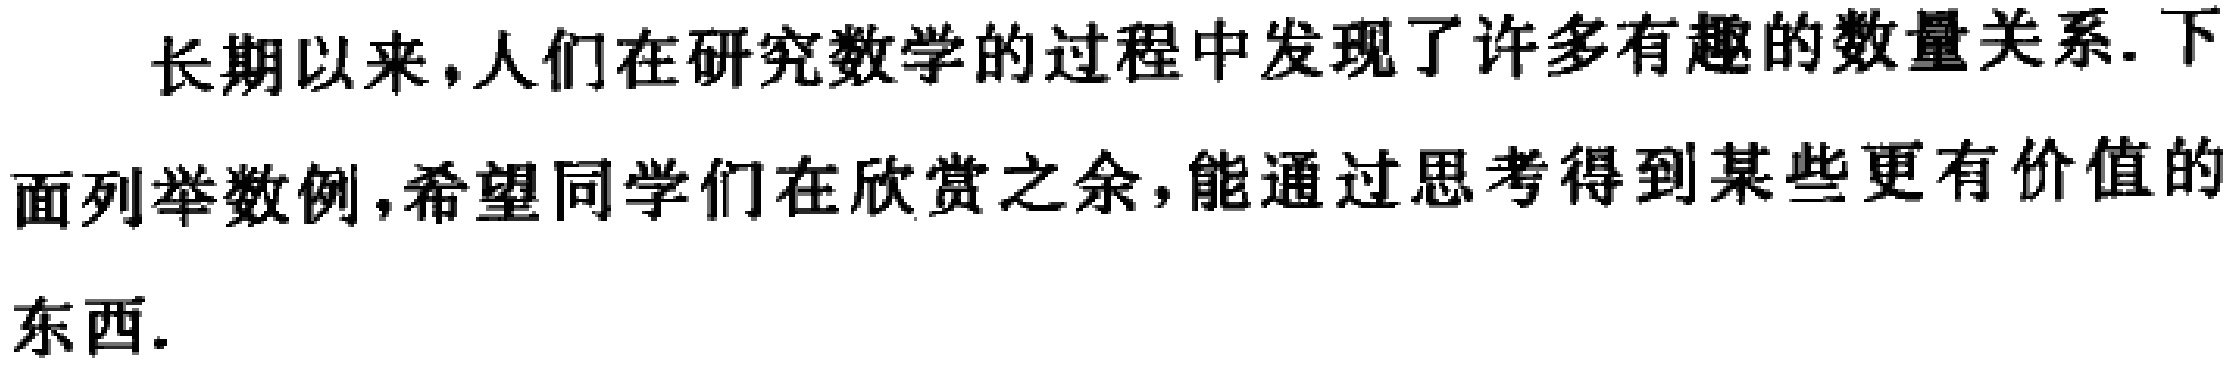
长期以来，人们在研究数学的过程中发现了许多有趣的数量关系. 下面列举数例，希望同学们在欣赏之余，能通过思考得到某些更有价值的东西.